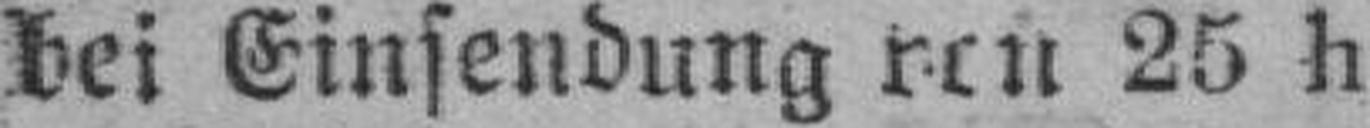
Lei Einsendung von 25 h